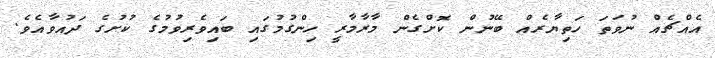
އެއްޗެއް ނުވަތަ ހަތިޔާރެއް ބޭނުން ކޮށްގެން މާރާމާރީ ހިންގުމުގައި ބައިވެރިވުމުގެ ކުށުގެ ދައުވާއެވެ.